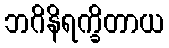
ဘဂိနိရက္ခိတာယ